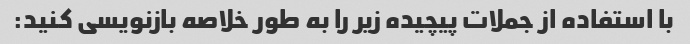
با استفاده از جملات پیچیده زیر را به طور خلاصه بازنویسی کنید: